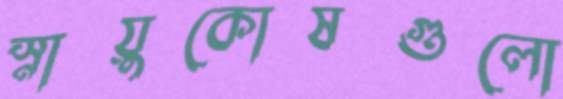
স্নায়ুকোষগুলো